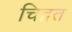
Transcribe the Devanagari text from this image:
चिद्गत